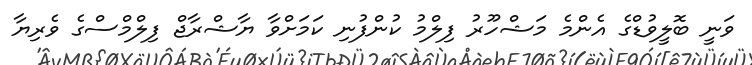
ވަނީ ބޮލީވުޑްގެ އެންމެ މަޝްހޫރު ފިލްމު ކުންފުނި ކަމަށްވާ ޔާޝްރާޖް ފިލްމްސްގެ ވެރިޔާ